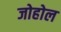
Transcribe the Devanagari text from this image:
जोहोल